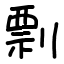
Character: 剽